Report of the Indian Hemp Drugs Commission, 1894-1895 - Volume VI
Year: 1894
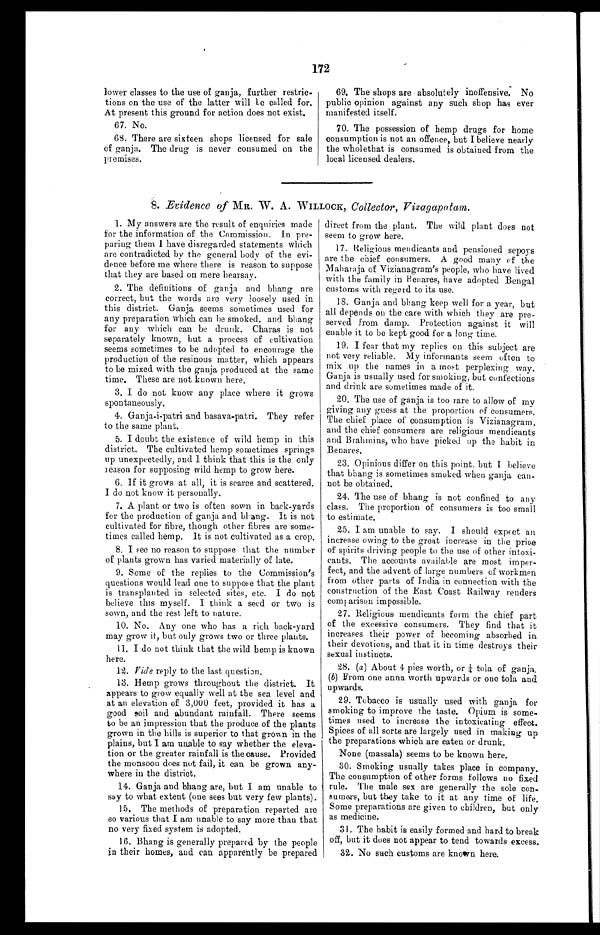
172
lower classes to the use of ganja, further restric-
tions on the use of the latter will be called for.
At present this ground for action does not exist.
67. No.
68. There are sixteen shops licensed for sale
of ganja. The drug is never consumed on the
premises.
69. The shops are absolutely inoffensive: No
public opinion against any such shop has ever
manifested itself.
70. The possession of hemp drugs for home
consumption is not an offence, but I believe nearly
the wholethat is consumed is obtained from the
local licensed dealers.
8. Evidence of MR. W. A. WILLOCK, Collector, Vizagapatam.
1. My answers are the result of enquiries made
for the information of the Commission. In pre-
paring them I have disregarded statements which
are contradicted by the general body of the evi-
dence before me where there is reason to suppose
that they are based on mere hearsay.
2. The definitions of ganja and bhang are
correct, but the words are very loosely used in
this district. Ganja seems sometimes used for
any preparation which can be smoked, and bhang
for any which can be drunk. Charas is not
separately known, but a process of cultivation
seems sometimes to be adopted to encourage the
production of the resinous matter, which appears
to be mixed with the ganja produced at the same
time. These are not known here.
3. I do not know any place where it grows
spontaneously.
4. Ganja-i-patri and basava-patri. They refer
to the same plant.
5. I doubt the existence of wild hemp in this
district. The cultivated hemp sometimes springs
up unexpectedly, and I think that this is the only
reason for supposing wild hemp to grow here.
6. If it grows at all, it is scarce and scattered.
I do not know it personally.
7. A plant or two is often sown in back-yards
for the production of ganja and bhang. It is not
cultivated for fibre, though other fibres are some-
times called hemp. It is not cultivated as a crop.
8. I see no reason to suppose that the number
of plants grown has varied materially of late.
9. Some of the replies to the Commission's
questions would lead one to suppose that the plant
is transplanted in selected sites, etc. I do not
believe this myself. I think a seed or two is
sown, and the rest left to nature.
10. No. Any one who has a rich back-yard
may grow it, but only grows two or three plants.
11. I do not think that the wild hemp is known
here.
12. Vide reply to the last question.
13. Hemp grows throughout the district. It
appears to grow equally well at the sea level and
at an elevation of 3,000 feet, provided it has a
good soil and abundant rainfall. There seems
to be an impression that the produce of the plants
grown in the hills is superior to that grown in the
plains, but I am unable to say whether the eleva-
tion or the greater rainfall is the cause. Provided
the monsoon does not fail, it can be grown any-
where in the district.
14. Ganja and bhang are, but I am unable to
say to what extent (one sees but very few plants).
15. The methods of preparation reported are
so various that I am unable to say more than that
no very fixed system is adopted.
16.
Bhang is generally prepared by the people
i n t h e i r h o m e s , a n d c a n a p p a r e n t l y b e p r e p a r e d
direct from the plant. The wild plant does not
seem to grow here.
17. Religious mendicants and pensioned sepoys
are the chief consumers. A good many of the
Maharaja of Vizianagram's people, who have lived
with the family in Benares, have adopted Bengal
customs with regard to its use.
18. Ganja and bhang keep well for a year, but
all depends on the care with which they are pre-
served from damp. Protection against it will
enable it to be kept good for a long time.
19. I fear that my replies on this subject are
not very reliable. My informants seem often to
mix up the names in a most perplexing way.
Ganja is usually used for smoking, but confections
and drink are sometimes made of it.
20. The use of ganja is too rare to allow of my
giving any guess at the proportion of consumers.
The chief place of consumption is Vizianagram,
and the chief consumers are religious mendicants
and Brahmins, who have picked up the habit in
Benares.
23. Opinions differ on this point. but I believe
that bhang is sometimes smoked when ganja can-
not be obtained.
24. The use of bhang is not confined to any
class. The proportion of consumers is too small
to estimate.
25. I am unable to say. I should expect an
increase owing to the great increase in tie price
of spirits driving people to the use of other intoxi-
cants. The accounts available are most imper-
fect, and the advent of large numbers of workmen
from other parts of India in connection with the
construction of the East Coast Railway renders
comp arison impossible.
27. Religious mendicants form the chief part
of the excessive consumers. They find that it
increases their power of becoming absorbed in
their devotions, and that it in time destroys their
sexual instincts.
28. (a) About 4 pies worth, or ¼t o l a o f g a n j a .
(b) From one anna worth upwards or one tola and
upwards.
29. Tobacco is usually used with ganja for
smoking to improve the taste. Opium is some-
times used to increase the intoxicating effect.
Spices of all sorts are largely used in making up
the preparations which are eaten or drunk.
None (massala) seems to be known here.
30. Smoking usually takes place in company.
The consumption of other forms follows no fixed
rule. The male sex are generally the sole con-
- s u m e r s , b u t t h e y t a k e t o i t a t a n y t i m e o f l i f e ,
Some preparations are given to children, but only
as medicine.
31. The habit is easily formed and hard to break
off, but it does not appear to tend towards excess.
32. No such customs are known here.